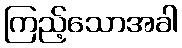
ကြည့်သောအခါ